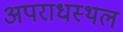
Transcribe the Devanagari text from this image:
अपराधस्थल